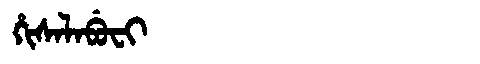
Manchu: ᡥᡳᠰᠠᠯᠠᠪᡠᠸᡳ
Romanization: HISALABUFI